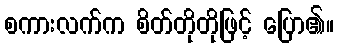
စကားလက်က စိတ်တိုတိုဖြင့် ပြော၏။